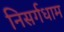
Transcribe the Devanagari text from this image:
निसर्गधाम